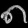
Digit: ၈